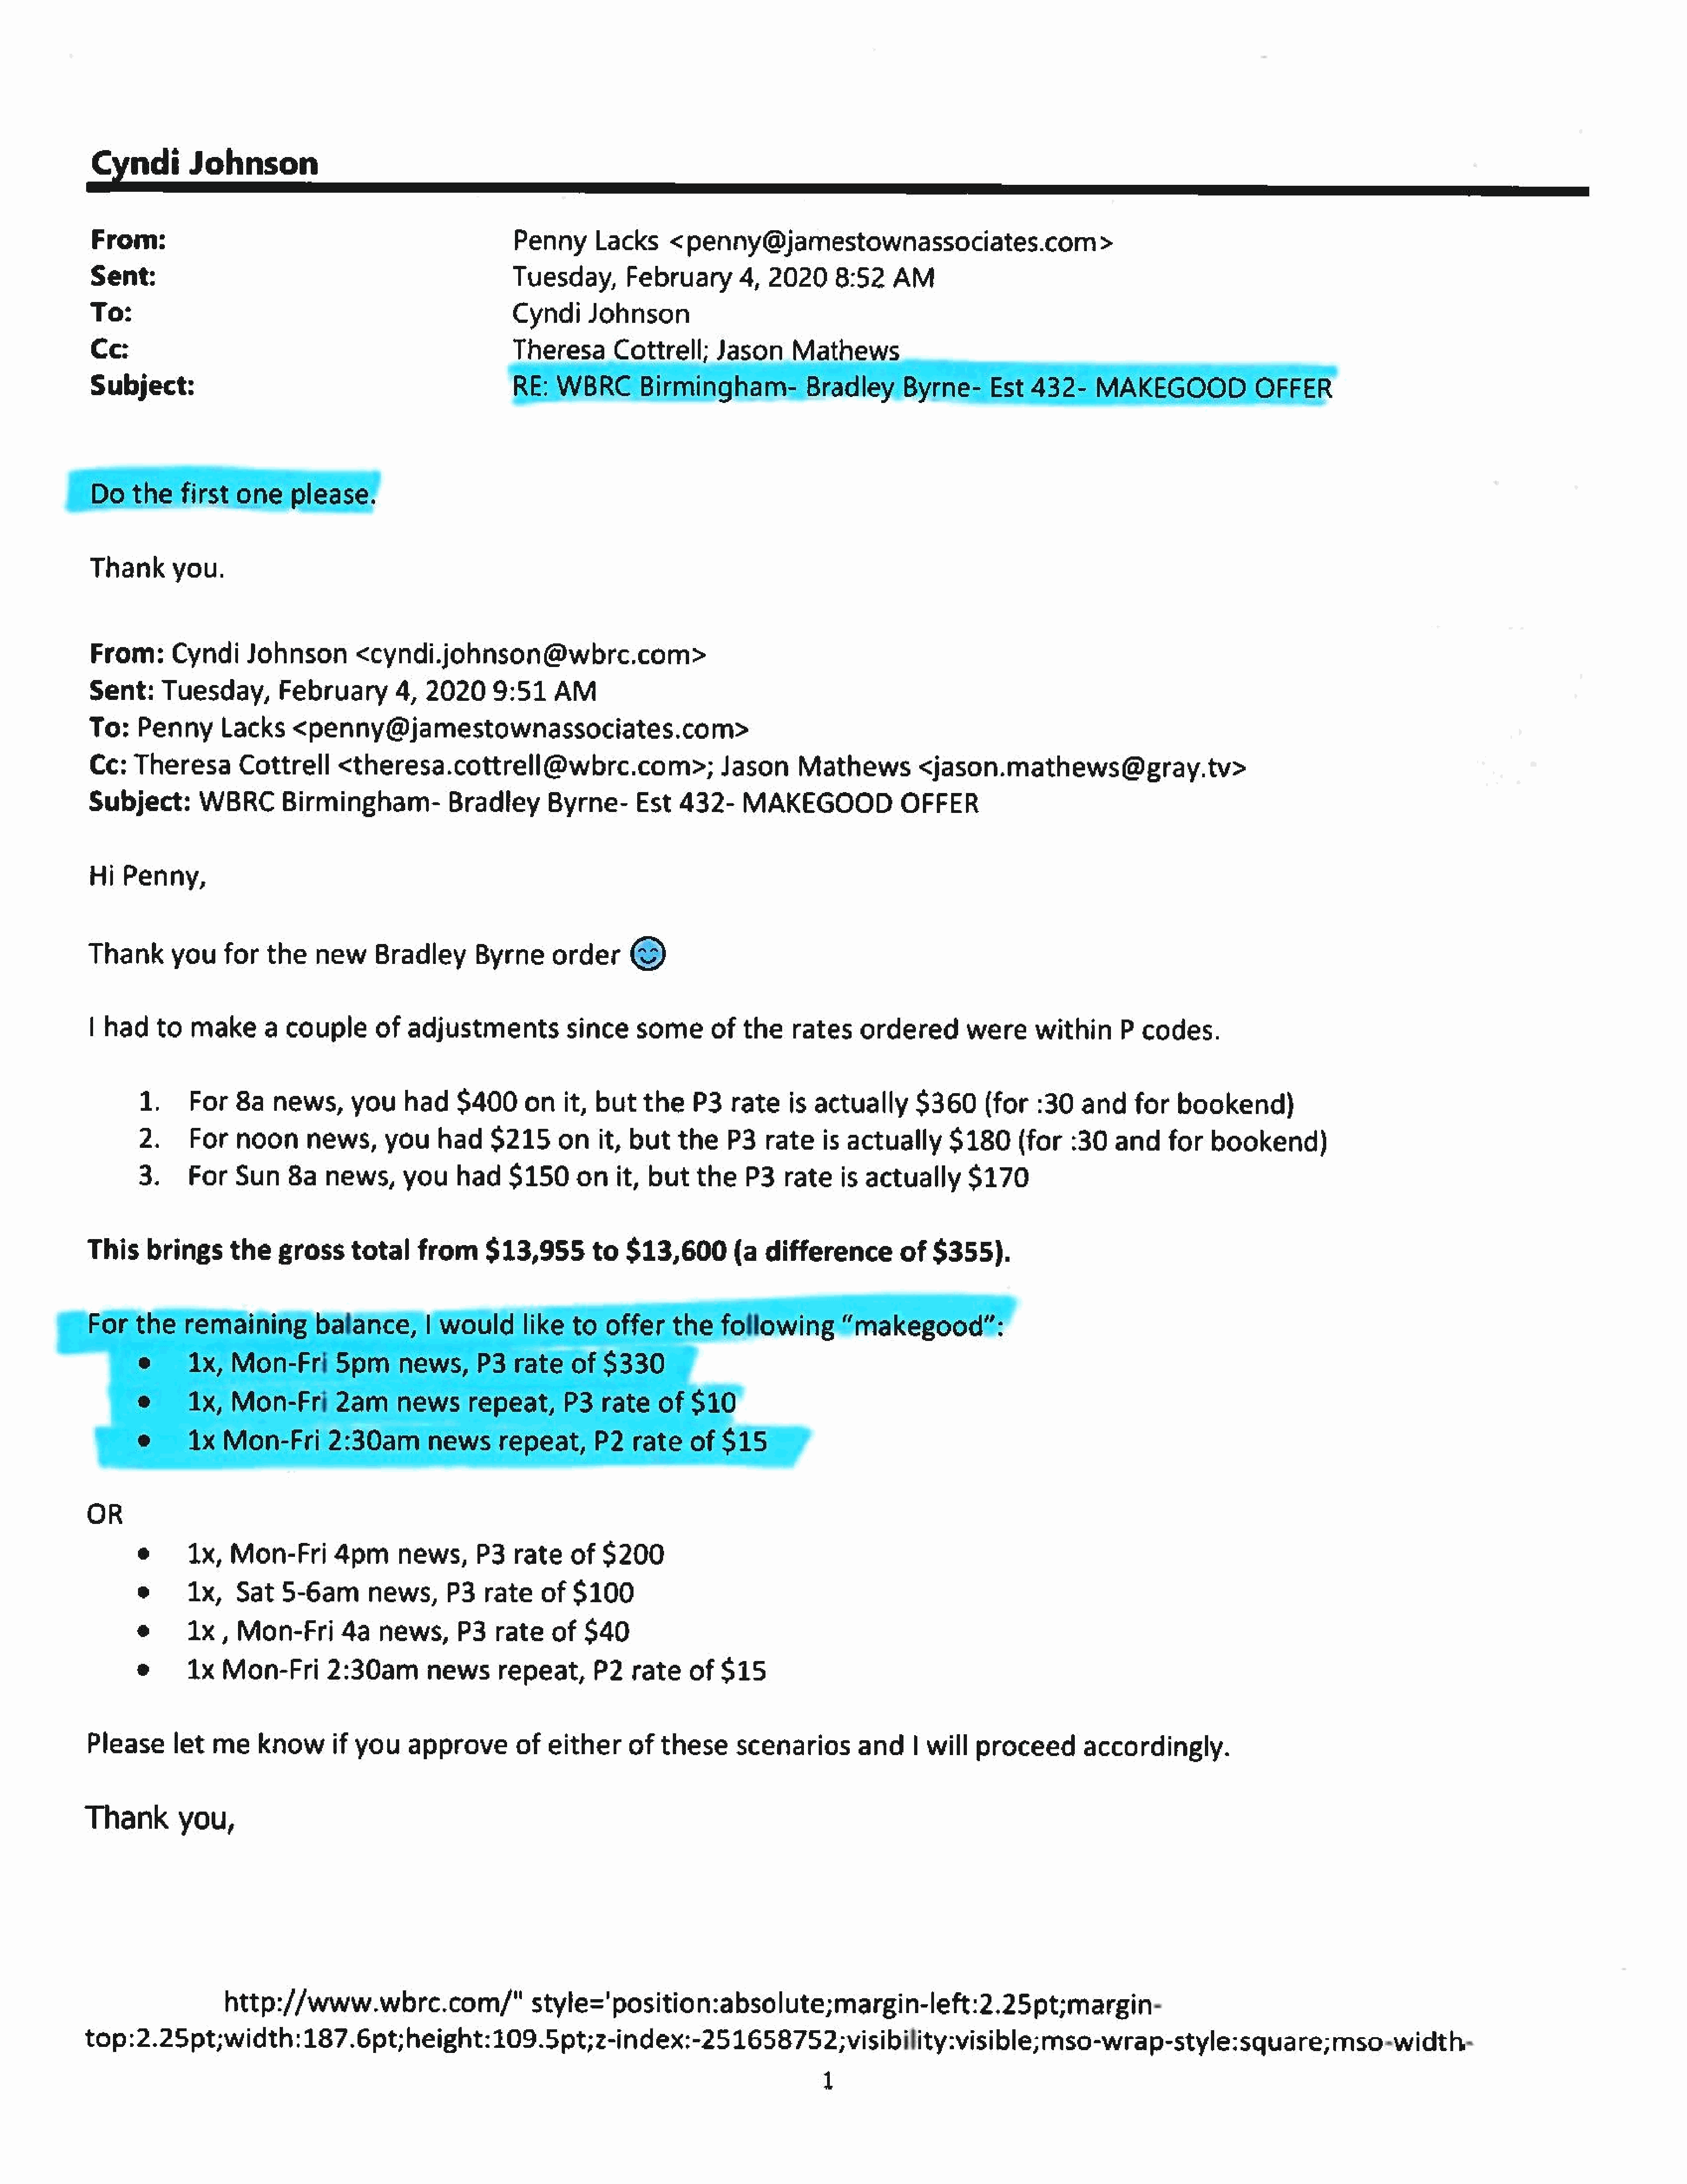
Cyndi         Johnson
 From:                                                        Penny      Lacks      <penny@jamestownassociates.com>
 Sent:                                                       Tuesday,         February        4,  2020     8:52     AM
 To:                                                         Cyndi      Johnson
 Cc:                                                         Theresa        Cottrell;     Jason      Mathews
 Subject:                                                    Byrne-
 Thank       you.
 From:       Cyndi     Johnson         <cyndi.johnson@wbrc.com>
 Sent:     Tuesday,         February         4,  2020      9:51    AM
 To:    Penny       Lacks     <penny@jamestownassociates.com>
 Ce:   Theresa        Cottrell      <theresa.cottrell@wbrc.com>;                           Jason      Mathews          <jason.mathews@gray.tv>
 Subject:        WBRC       Birmingham-             Bradley       Byrne-       Est   432-     MAKEGOOD               OFFER
 Hi   Penny,
 Thank       you    for   the    new      Bradley       Byrne      order      )
 | had    to   make       a  couple       of  adjustments            since     some    of     the    rates     ordered        were      within      P  codes.
 1.     For    8a   news,      you     had    $400      on it,    but    the    P3    rate    is actually       $360      (for   :30    and    for   bookend)
 2.     For    noon      news,      you     had    $215   on   it,     but    the    P3    rate    is actually       $180      (for   :30   and     for   bookend)
 3.     For    Sun    8a    news,      you    had     $150on      it,     but    the    P3   rateis      actually      $170
 This     brings      the    gross     total     from      $13,955        to   $13,600        (a  difference          of  $355).
 OR
 1x,   Mon-Fri        4pm      news,      P3    rate    of  $200
 1x,    Sat   5-6am        news,      P3   rate    of   $100
 1x   , Mon-Fri        4a   news,       P3   rate    of   $40
 1x   Mon-Fri        2:30am        newsrepeat,             P2   rate     of  $15
 Please      let   me    knowif        you    approve         ofeither        of  these      scenarios         and     | will   proceed        accordingly.
 Thank         you,
 http://www.wbrc.com/"style='position:absolute;margin-left:2.25pt;margin-
 top:2.2Spt;width:187.6pt;height:109.5pt;z-index:-251658752;visibility:visible;                                                           mso-wrap-style:square;mso-width-
 1